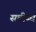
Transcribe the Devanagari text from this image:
सचीब्ध